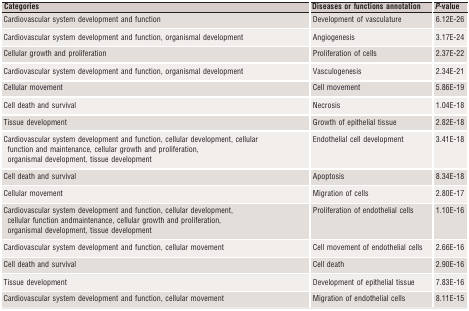
<table><thead><tr><td><b>Categories</b></td><td><b>Diseases or functions annotation</b></td><td><b><i>P</i>‐value</b></td></tr></thead><tbody><tr><td>Cardiovascular system development and function</td><td>Development of vasculature</td><td>6.12E‐26</td></tr><tr><td>Cardiovascular system development and function, organismal development</td><td>Angiogenesis</td><td>3.17E‐24</td></tr><tr><td>Cellular growth and proliferation</td><td>Proliferation of cells</td><td>2.37E‐22</td></tr><tr><td>Cardiovascular system development and function, organismal development</td><td>Vasculogenesis</td><td>2.34E‐21</td></tr><tr><td>Cellular movement</td><td>Cell movement</td><td>5.86E‐19</td></tr><tr><td>Cell death and survival</td><td>Necrosis</td><td>1.04E‐18</td></tr><tr><td>Tissue development</td><td>Growth of epithelial tissue</td><td>2.82E‐18</td></tr><tr><td>Cardiovascular system development and function, cellular development, cellular function and maintenance, cellular growth and proliferation, organismal development, tissue development</td><td>Endothelial cell development</td><td>3.41E‐18</td></tr><tr><td>Cell death and survival</td><td>Apoptosis</td><td>8.34E‐18</td></tr><tr><td>Cellular movement</td><td>Migration of cells</td><td>2.80E‐17</td></tr><tr><td>Cardiovascular system development and function, cellular development, cellular function andmaintenance, cellular growth and proliferation, organismal development, tissue development</td><td>Proliferation of endothelial cells</td><td>1.10E‐16</td></tr><tr><td>Cardiovascular system development and function, cellular movement</td><td>Cell movement of endothelial cells</td><td>2.66E‐16</td></tr><tr><td>Cell death and survival</td><td>Cell death</td><td>2.90E‐16</td></tr><tr><td>Tissue development</td><td>Development of epithelial tissue</td><td>7.83E‐16</td></tr><tr><td>Cardiovascular system development and function, cellular movement</td><td>Migration of endothelial cells</td><td>8.11E‐15</td></tr></tbody></table>